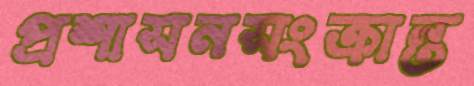
প্রশাসনসংক্রান্ত